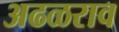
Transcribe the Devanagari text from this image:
अढळराव